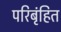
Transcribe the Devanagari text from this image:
परिबृंहित